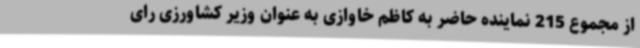
از مجموع 215 نماینده حاضر به کاظم خاوازی به عنوان وزیر کشاورزی رای